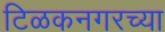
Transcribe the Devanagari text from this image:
टिळकनगरच्या